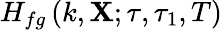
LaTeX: H_{fg}\left(k,\mathbf{X};\tau,\tau_{1},T\right)